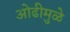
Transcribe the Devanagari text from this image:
ओढीमुळे